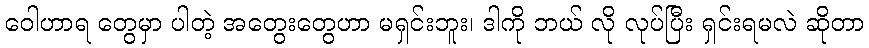
ဝေါဟာရ တွေမှာ ပါတဲ့ အတွေးတွေဟာ မရှင်းဘူး၊ ဒါကို ဘယ် လို လုပ်ပြီး ရှင်းရမလဲ ဆိုတာ